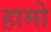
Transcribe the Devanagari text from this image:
हामो